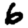
Digit: 6